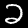
Label: 2